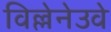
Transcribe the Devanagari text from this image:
विल्लेनेउवे